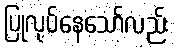
ပြုလုပ်နေသော်လည်း